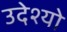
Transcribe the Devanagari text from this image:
उदेश्यो